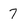
Character: 7